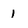
Character: 1